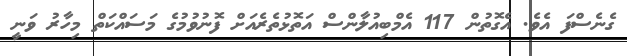
ގެނެސްފަ އެވެ. އެގޮތުން 117 އެމްބިއުލާންސް އަތޮޅުތެރެއަށް ފޮނުވުމުގެ މަސައްކަތް މިހާރު ވަނީ